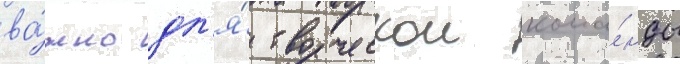
ва́жно дл'я́ творческои кома́нды